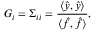
G _ { i } = \Sigma _ { i i } = \frac { \langle \hat { y } , \hat { y } \rangle } { \langle \hat { f } , \hat { f } \rangle } ,